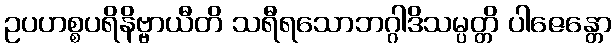
ဥပဟစ္စပရိနိဗ္ဗာယီတိ သရီရသောဘဂ္ဂါဒိသမ္ပတ္တိ ပါဇေန္တော